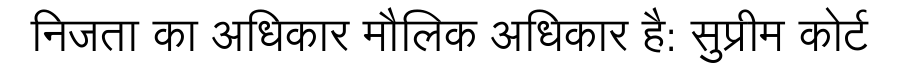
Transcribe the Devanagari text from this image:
निजता का अधिकार मौलिक अधिकार है: सुप्रीम कोर्ट